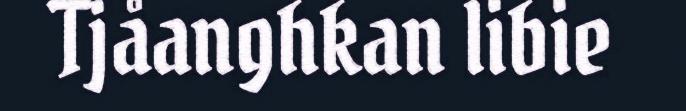
Tjåanghkan libie